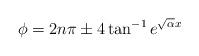
LaTeX: \begin{align*}\phi= 2n\pi \pm 4\tan^{-1} e^{\sqrt{\alpha}x}\end{align*}